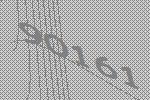
90161